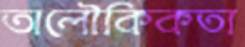
অলৌকিকতা